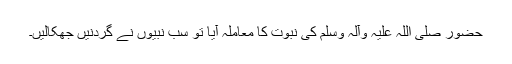
حضور صلی اللہ علیہ وآلہ وسلم کی نبوت کا معاملہ آیا تو سب نبیوں نے گردنیں جھکالیں۔